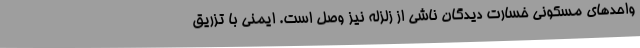
واحدهای مسکونی خسارت دیدگان ناشی از زلزله نیز وصل است. ایمنی با تزریق